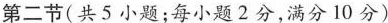
第二节(共5小题;每小题 2分,满分 10 分)